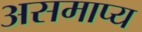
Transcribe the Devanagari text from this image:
असमाप्य